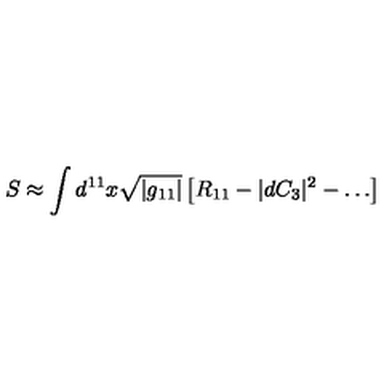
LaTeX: S \approx \int d ^ { 1 1 } x \sqrt { | g _ { 1 1 } | } \left[ R _ { 1 1 } - | d C _ { 3 } | ^ { 2 } - \ldots \right]